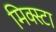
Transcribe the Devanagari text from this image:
मिक्स्टा